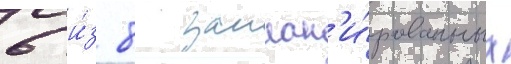
6 и́з 8 заплан'и́рованных